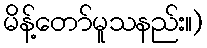
မိန့်တော်မူသနည်း။)